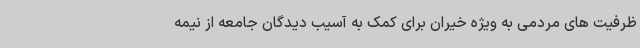
ظرفیت های مردمی به ویژه خیران برای کمک به آسیب دیدگان جامعه از نیمه